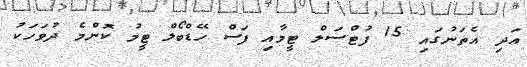
އަދި އެތަނުގައި 15 ފުޓްސަލް ޓީމާއި ފަސް ހޭޑްބޯލް ޓީމު ކޮންމެ ދުވަހަކު